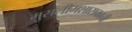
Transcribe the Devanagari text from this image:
मुसलीमशासकाची